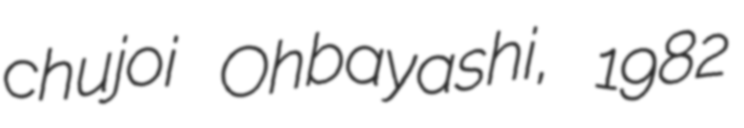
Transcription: chujoi Ohbayashi, 1982